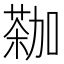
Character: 𫉕